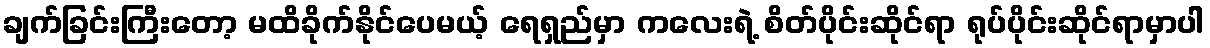
ချက်ခြင်းကြီးတော့ မထိခိုက်နိုင်ပေမယ့် ရေရှည်မှာ ကလေးရဲ့ စိတ်ပိုင်းဆိုင်ရာ ရုပ်ပိုင်းဆိုင်ရာမှာပါ